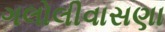
ગલોલીવાસણા